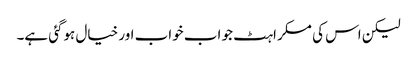
لیکن اس کی مسکراہٹ جو اب خواب اور خیال ہوگئی ہے۔